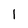
Character: 1